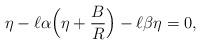
LaTeX: \begin{align*}\eta-\ell\alpha\Big(\eta+\dfrac{B}{R}\Big)-\ell\beta\eta=0,\end{align*}